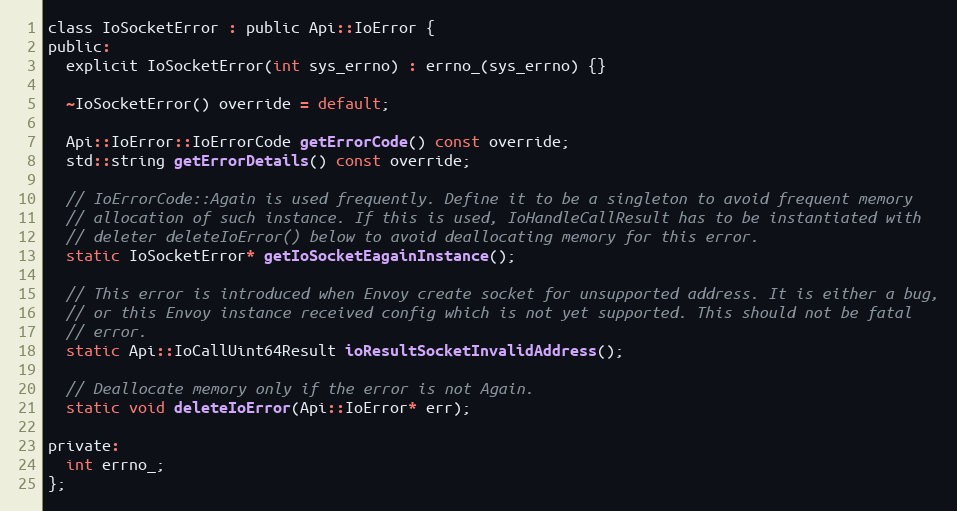
Language: C
class IoSocketError : public Api::IoError {
public:
  explicit IoSocketError(int sys_errno) : errno_(sys_errno) {}

  ~IoSocketError() override = default;

  Api::IoError::IoErrorCode getErrorCode() const override;
  std::string getErrorDetails() const override;

  // IoErrorCode::Again is used frequently. Define it to be a singleton to avoid frequent memory
  // allocation of such instance. If this is used, IoHandleCallResult has to be instantiated with
  // deleter deleteIoError() below to avoid deallocating memory for this error.
  static IoSocketError* getIoSocketEagainInstance();

  // This error is introduced when Envoy create socket for unsupported address. It is either a bug,
  // or this Envoy instance received config which is not yet supported. This should not be fatal
  // error.
  static Api::IoCallUint64Result ioResultSocketInvalidAddress();

  // Deallocate memory only if the error is not Again.
  static void deleteIoError(Api::IoError* err);

private:
  int errno_;
};